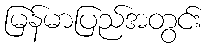
မြန်မာပြည်အတွင်း